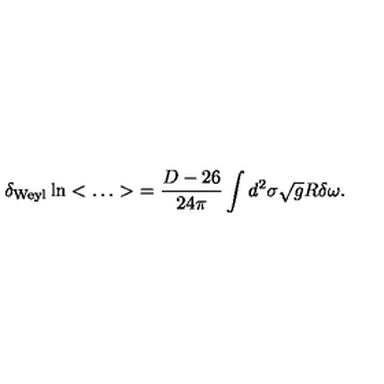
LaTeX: \delta _ { \mathrm { W e y l } } \ln < \ldots > \ = \frac { D - 2 6 } { 2 4 \pi } \int d ^ { 2 } \sigma \sqrt { g } R \delta \omega .